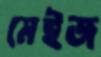
মেইজ